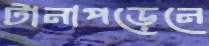
টানাপড়েনে